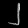
Digit: ၂